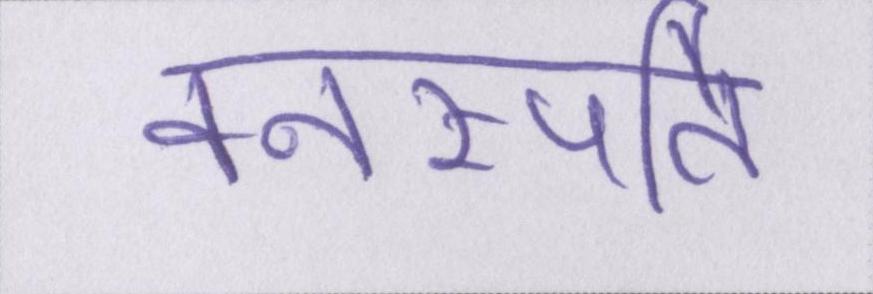
वनस्पति